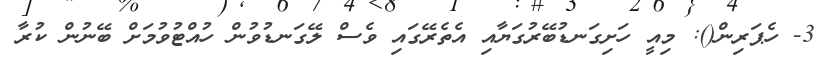
3- ހެޕަރިން(): މިއީ ހަށިގަނޑުބޭރުގަޔާއި އެތެރޭގައި ވެސް ލޭގަނޑުވުން ހުއްޓުވުމަށް ބޭނުން ކުރާ